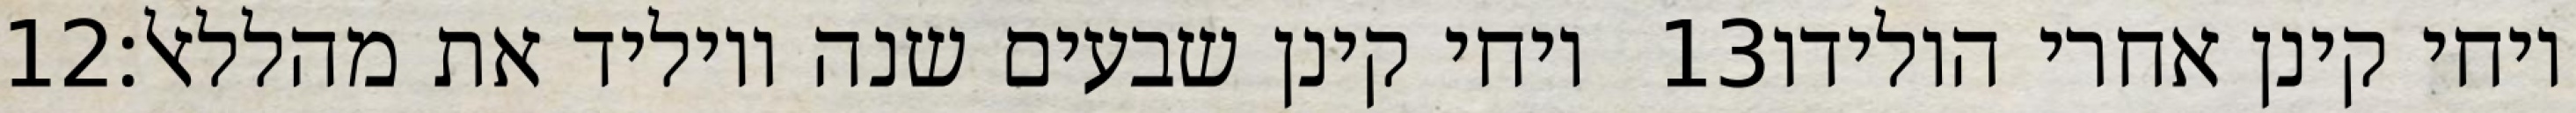
‎12‏ ויחי קינן שבעים שנה ויוליד את מהללאל׃ ‎13‏ ויחי קינן אחרי הולידו